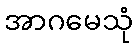
အာဂမေသုံ